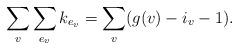
LaTeX: \begin{align*}\sum_v\sum_{e_v} k_{e_v}=\sum_v(g(v)-i_v-1).\end{align*}